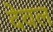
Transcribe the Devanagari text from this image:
देवल